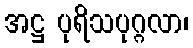
အဋ္ဌ ပုရိသပုဂ္ဂလာ၊